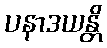
ပနာဒယန္တိ